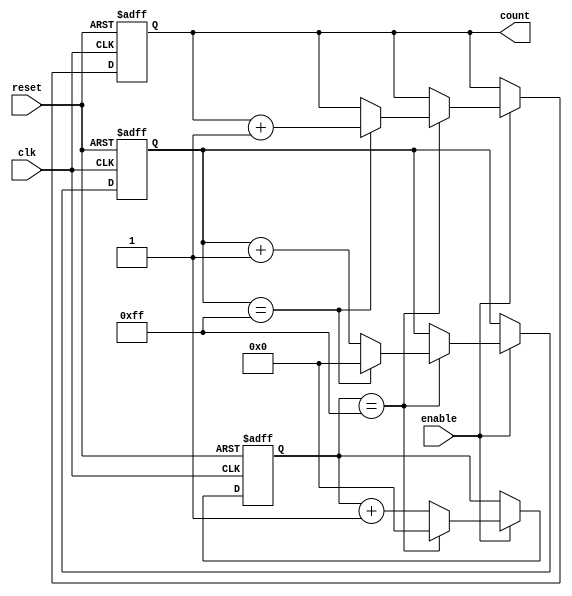
module CascadedCounter (
    input wire clk,
    input wire reset,
    input wire enable,
    output wire [7:0] count
);

reg [7:0] count_reg1;
reg [7:0] count_reg2;
reg [7:0] count_reg3;

always @(posedge clk or posedge reset) begin
    if (reset) begin
        count_reg1 <= 8'b00000000;
        count_reg2 <= 8'b00000000;
        count_reg3 <= 8'b00000000;
    end else begin
        if (enable) begin
            if (count_reg1 == 8'b11111111) begin
                count_reg1 <= 8'b00000000;
                if (count_reg2 == 8'b11111111) begin
                    count_reg2 <= 8'b00000000;
                    count_reg3 <= count_reg3 + 1;
                end else begin
                    count_reg2 <= count_reg2 + 1;
                end
            end else begin
                count_reg1 <= count_reg1 + 1;
            end
        end
    end
end

assign count = count_reg3;

endmodule